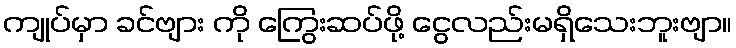
ကျုပ်မှာ ခင်ဗျား ကို ကြွေးဆပ်ဖို့ ငွေလည်းမရှိသေးဘူးဗျာ။